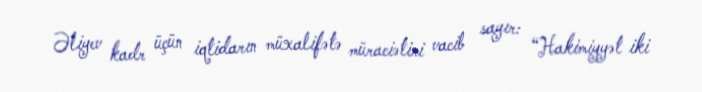
Əliyev kadr üçün iqtidarın müxalifətə müraciətini vacib sayır: “Hakimiyyət iki